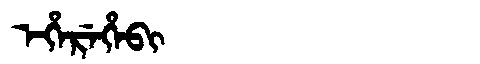
Manchu: ᡝᡥᡝᡵᡝᡥᡝᠪᡳ
Romanization: EHEREHEBI